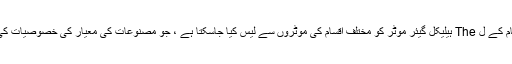
6 الیکٹرو مکینیکل انضمام کے ل The ہیلیکل گیئر موٹر کو مختلف اقسام کی موٹروں سے لیس کیا جاسکتا ہے ، جو مصنوعات کی معیار کی خصوصیات کی مکمل ضمانت دیتا ہے۔